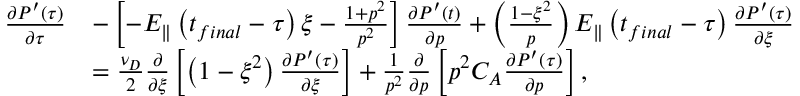
\begin{array} { r l } { \frac { \partial P ^ { \prime } \left( \tau \right) } { \partial \tau } } & { - \left[ - E _ { \Vert } \left( t _ { f i n a l } - \tau \right) \xi - \frac { 1 + p ^ { 2 } } { p ^ { 2 } } \right] \frac { \partial P ^ { \prime } \left( t \right) } { \partial p } + \left( \frac { 1 - \xi ^ { 2 } } { p } \right) E _ { \Vert } \left( t _ { f i n a l } - \tau \right) \frac { \partial P ^ { \prime } \left( \tau \right) } { \partial \xi } } \\ & { = \frac { \nu _ { D } } { 2 } \frac { \partial } { \partial \xi } \left[ \left( 1 - \xi ^ { 2 } \right) \frac { \partial P ^ { \prime } \left( \tau \right) } { \partial \xi } \right] + \frac { 1 } { p ^ { 2 } } \frac { \partial } { \partial p } \left[ p ^ { 2 } C _ { A } \frac { \partial P ^ { \prime } \left( \tau \right) } { \partial p } \right] , } \end{array}